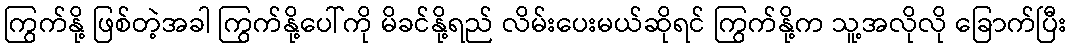
ကြွက်နို့ ဖြစ်တဲ့အခါ ကြွက်နို့ပေါ်ကို မိခင်နို့ရည် လိမ်းပေးမယ်ဆိုရင် ကြွက်နို့က သူ့အလိုလို ခြောက်ပြီး